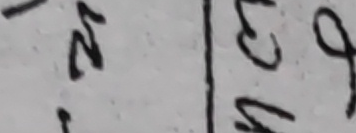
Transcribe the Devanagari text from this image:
२ ६ ४